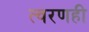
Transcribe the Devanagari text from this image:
त्वरणही